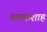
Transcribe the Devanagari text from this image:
नानकशाह